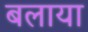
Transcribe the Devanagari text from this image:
बलाया